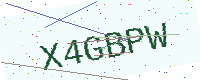
Text: X4GBPW